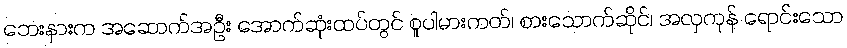
ဘေးနားက အဆောက်အဦး အောက်ဆုံးထပ်တွင် စူပါမားကတ်၊ စားသောက်ဆိုင်၊ အလှကုန် ရောင်းသော